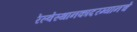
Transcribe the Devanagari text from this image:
रेल्वेस्थानकादरम्यानचे